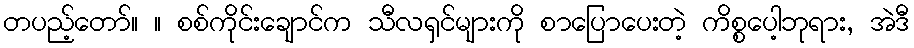
တပည့်တော်။ ။ စစ်ကိုင်းချောင်က သီလရှင်များကို စာပြောပေးတဲ့ ကိစ္စပေါ့ဘုရား, အဲဒီ